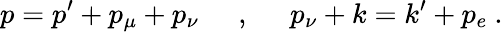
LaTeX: p=p^{\prime}+p_{\mu}+p_{\nu}\phantom{abc},\phantom{abc}p_{\nu}+k=k^{\prime}+p_{e}\ .